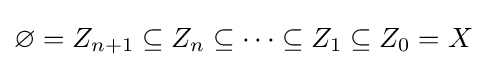
\varnothing =Z_{n+1}\subseteq Z_{n}\subseteq \cdots \subseteq Z_{1}\subseteq Z_{0}=X